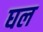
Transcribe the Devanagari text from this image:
घल